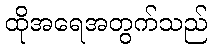
ထိုအရေအတွက်သည်